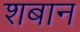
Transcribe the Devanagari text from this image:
शबान